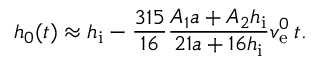
h _ { 0 } ( t ) \approx h _ { \mathrm { i } } - \frac { 3 1 5 } { 1 6 } \frac { A _ { 1 } a + A _ { 2 } h _ { \mathrm { i } } } { 2 1 a + 1 6 h _ { \mathrm { i } } } v _ { \mathrm { e } } ^ { 0 } \, t .